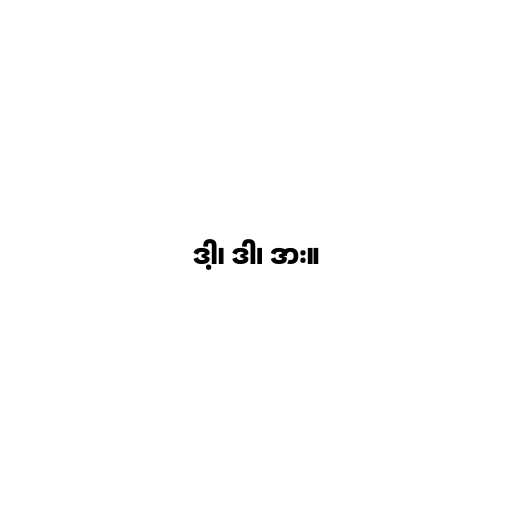
ဒါ့၊ ဒါ၊ ဒား။